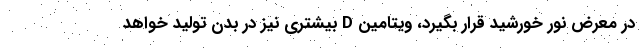
در معرض نور خورشید قرار بگیرد، ویتامین D بیشتری نیز در بدن تولید خواهد